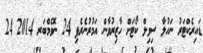
ޑައިރެކްޓަރު ނަހުލާ ސިވިލް ކޯޓަށް ހާޒިރުވާން އަމުރުނެރެފި 24 ނޮވެމްބަރ 2014 24